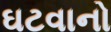
ઘટવાનો